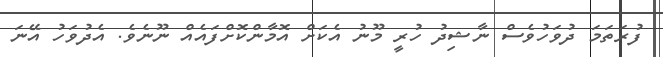
ފުރަތަމަ ދުވަހުވެސް ނާޝިދު ހުރީ މޫނު އެކަށް އޮމާންކޮށްފައެއް ނޫނެވެ. އެދުވަހު އޭނަ